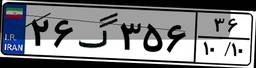
۲۵گ۵۰۵۵۸